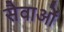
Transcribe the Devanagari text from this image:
सैवाओं